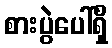
စားပွဲပေါ်ရှိ